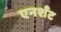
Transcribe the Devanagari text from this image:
एनशॅंट